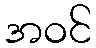
အဝင်